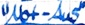
Text: "Not-Aus"